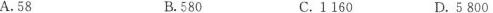
A.58 B.580 C.1160 D.5800